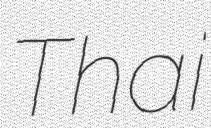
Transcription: Thai